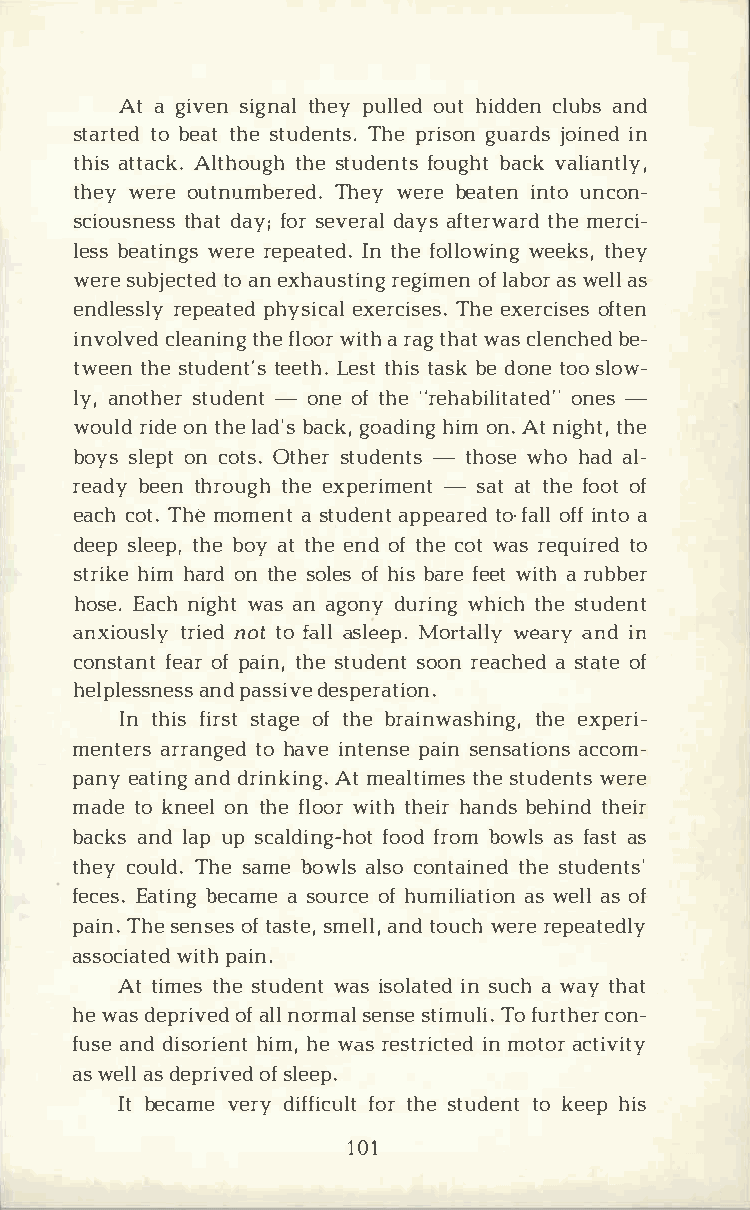
Ata g ivseing ntahlep yu lloeudht i ddcelnu abnsd
 starttobe eda tth set udeTnhteps r.i sgouna rjdosi niend
 thiast taAclkt.h otuhgseht udefnotusgb hatcv ka liantly,
 thewye roeu tnumbTehreewyde .r bee atienntu on con­
 scioustnheadstas yf ;os re vedraayalsf tertwhamere dr ci­
 lesbse atiwnegrrsee peaItnte hdfe.o llowweienktgsh ,e y
 werseu bjetcoat nee xdh ausrteignigom fel na baoswr e lals
 endlersespleyap theyds iecxaelr cTihseee xse.r coifsteesn
 involcvleeda ntihfnelg ow oirta rh a tgh waatcs l encbhee­d
 tweetnhs et udetnete'Ltseh s.tt h tiass bked onteo sol ow­
 lya,n otshteurd -enotn eo ft h"er ehabiolniet-sa ted"
 woulrdi doent hlea db'ascg ko,a dhiinomgn A.t n igthhte,
 boyssl eopntc otOst.h esrt ude-ntthso wsheo h ada l­
 reabdeye tnh rotuhgeehx peri-mesnaattt t hfeo ootf
 eaccho Tth.e m omeans tt udaepnpte atrofe-adol flif n tao
 deespl etehpbe,o ya tt heen do ft hceo wta sr equitroe d
 strhiikmeh a rodnt hseo loefhs i bsa re feaer tu bwbietrh
 hosEea.c nhi gwhatsa na gondyu riwnhgi cthhs et udent
 anxiotursilneyod tt of aalsll eMeopr.t awlelayra yn di n
 constfaenaotrfp aitnh,se t udseonotrn e acahs etda otfe
 helpleasnspdna essssdi evsep eration.
 Int hifsi rsstta ogfet hber ainwatshheeix npge,r i­
 mentearrsr antgohe adv ien tepnasisene nsataicocnosm ­
 paneya tianngd driAntmk eianlgt.ti hmseet su dewnetrse
 madteo k neoenlt hfel owoirtt hh ehiarn dbse hitnhde ir
 bacaknsd l aupp s caldifnogo-fdhr oobtmo walssf asast
 thecyo ulTdh.es ambeo wallss coo ntatihnseet du dents'
 fecEeast.i bnegc aams eo urocfhe u miliaaswt eilaolsno f
 paiTnh.se e nsoefts a sstmee,al nltd,o uwcehr ree peatedly
 assocwiiatpthae idn .
 Att imtehsse t udweansit s oliants eudca hw ayt hat
 hew adse priovfae lndlo rmsaeln sstei mTuofl ui.r tchoenr­
 fusaen ddi sorhiiemhn,ewt asre striinmc otteaodcr t ivity
 asw elalsd epriovfse lde ep.
 Itb ecavmeer dyi fffioctruh lsett udteonk te ehpi s
 101